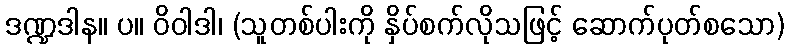
ဒဏ္ဍဒါန။ ပ။ ဝိဝါဒါ၊ (သူတစ်ပါးကို နှိပ်စက်လိုသဖြင့် ဆောက်ပုတ်စသော)